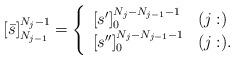
LaTeX: \begin{align*}[\bar s]_{N_{j-1}}^{N_j-1} =\left\{\begin{array}{ll}[s^{\prime}]_{0}^{N_j-N_{j-1}-1} & (j: )\\ \relax[s^{\prime \prime}]_{0}^{N_j-N_{j-1}-1}& (j:) .\end{array}\right.\end{align*}